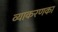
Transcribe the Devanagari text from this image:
व्याकरणका